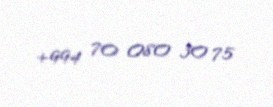
+994 70 080 30 75